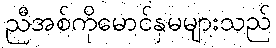
ညီအစ်ကိုမောင်နှမများသည်